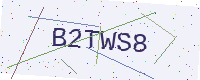
Text: B2TWS8